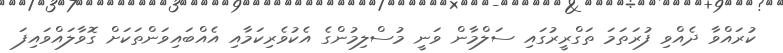
ކުރައްވާ ދެއްވި ފުރަތަމަ ތަގްރީރުގައި ސަލްމާން ވަނީ މުސްލިމުންގެ އެކުވެރިކަމާއި އެއްބައިވަންތަކަށް ގޮވާލައްވައިފަ